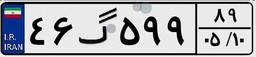
۴۶گ۵۹۹۸۹